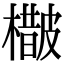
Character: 𣛵